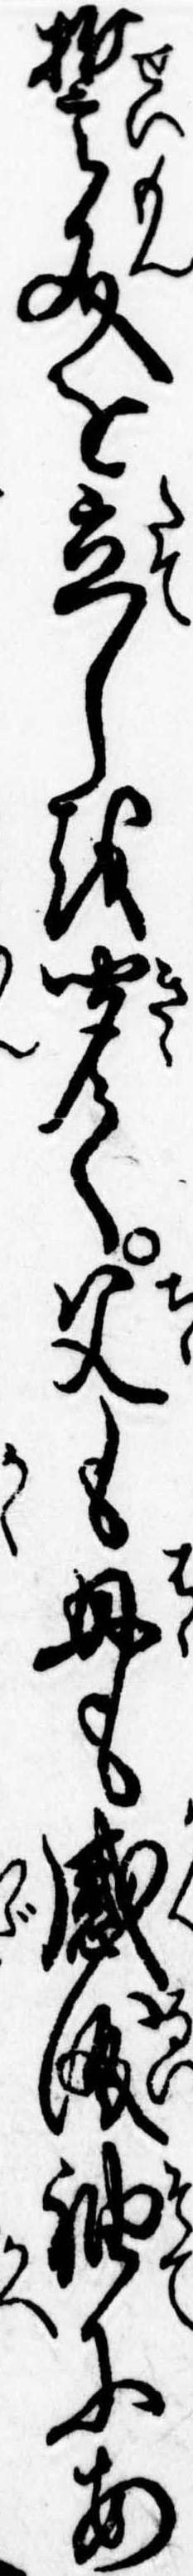
誓文を立しを聞て父も母も感涙袖にあ